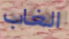
الغاب